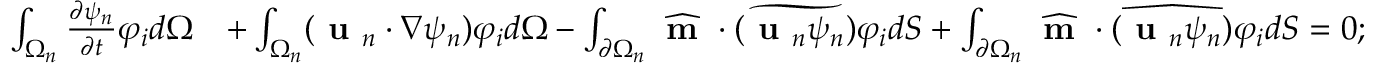
\begin{array} { r l } { \int _ { \Omega _ { n } } \frac { \partial \psi _ { n } } { \partial t } \varphi _ { i } d \Omega } & { + \int _ { \Omega _ { n } } ( \textbf { u } _ { n } \cdot \nabla \psi _ { n } ) \varphi _ { i } d \Omega - \int _ { \partial \Omega _ { n } } \widehat { \textbf { m } } \cdot \widetilde { ( \textbf { u } _ { n } \psi _ { n } ) } \varphi _ { i } d S + \int _ { \partial \Omega _ { n } } \widehat { \textbf { m } } \cdot \widehat { ( \textbf { u } _ { n } \psi _ { n } ) } \varphi _ { i } d S = 0 ; } \end{array}